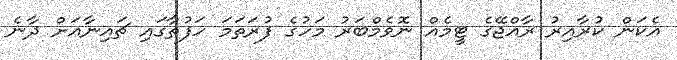
އެކަން ކުރާއިރު ރާއްޖޭގެ ޓީމެއް ނޮވެމްބަރު މަހުގެ ފުރަތަމަ ހަފުތާގައި ޗައިނާއަށް ދާނެ